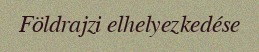
Földrajzi elhelyezkedése